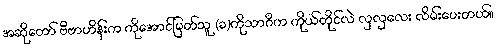
အဆိုတော် ဗီဗာဟိန်းက ကိုအောင်မြတ်သူ (ခ)ကိုသာဂိက ကိုယ်တိုင်လဲ လှလှလေး လိမ်းပေးတယ်၊၊